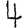
Digit: 4